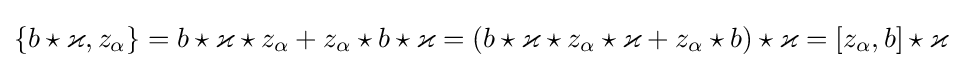
\{b\star \varkappa ,z_{\alpha }\}=b\star \varkappa \star z_{\alpha }+z_{\alpha }\star b\star \varkappa =(b\star \varkappa \star z_{\alpha }\star \varkappa +z_{\alpha }\star b)\star \varkappa =[z_{\alpha },b]\star \varkappa